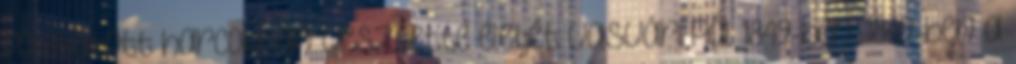
folytatott harcokban vesztette életét Vasvári Pál 1849-ben. 1849-ben a